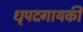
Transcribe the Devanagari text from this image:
धृपदगायकी